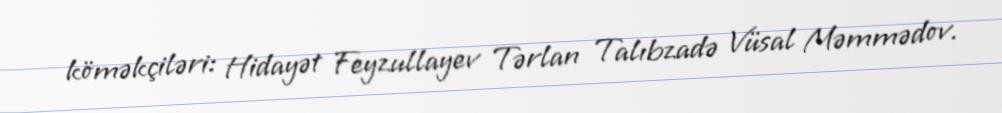
köməkçiləri: Hidayət Feyzullayev Tərlan Talıbzadə Vüsal Məmmədov.